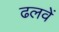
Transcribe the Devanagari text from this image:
ढलवें